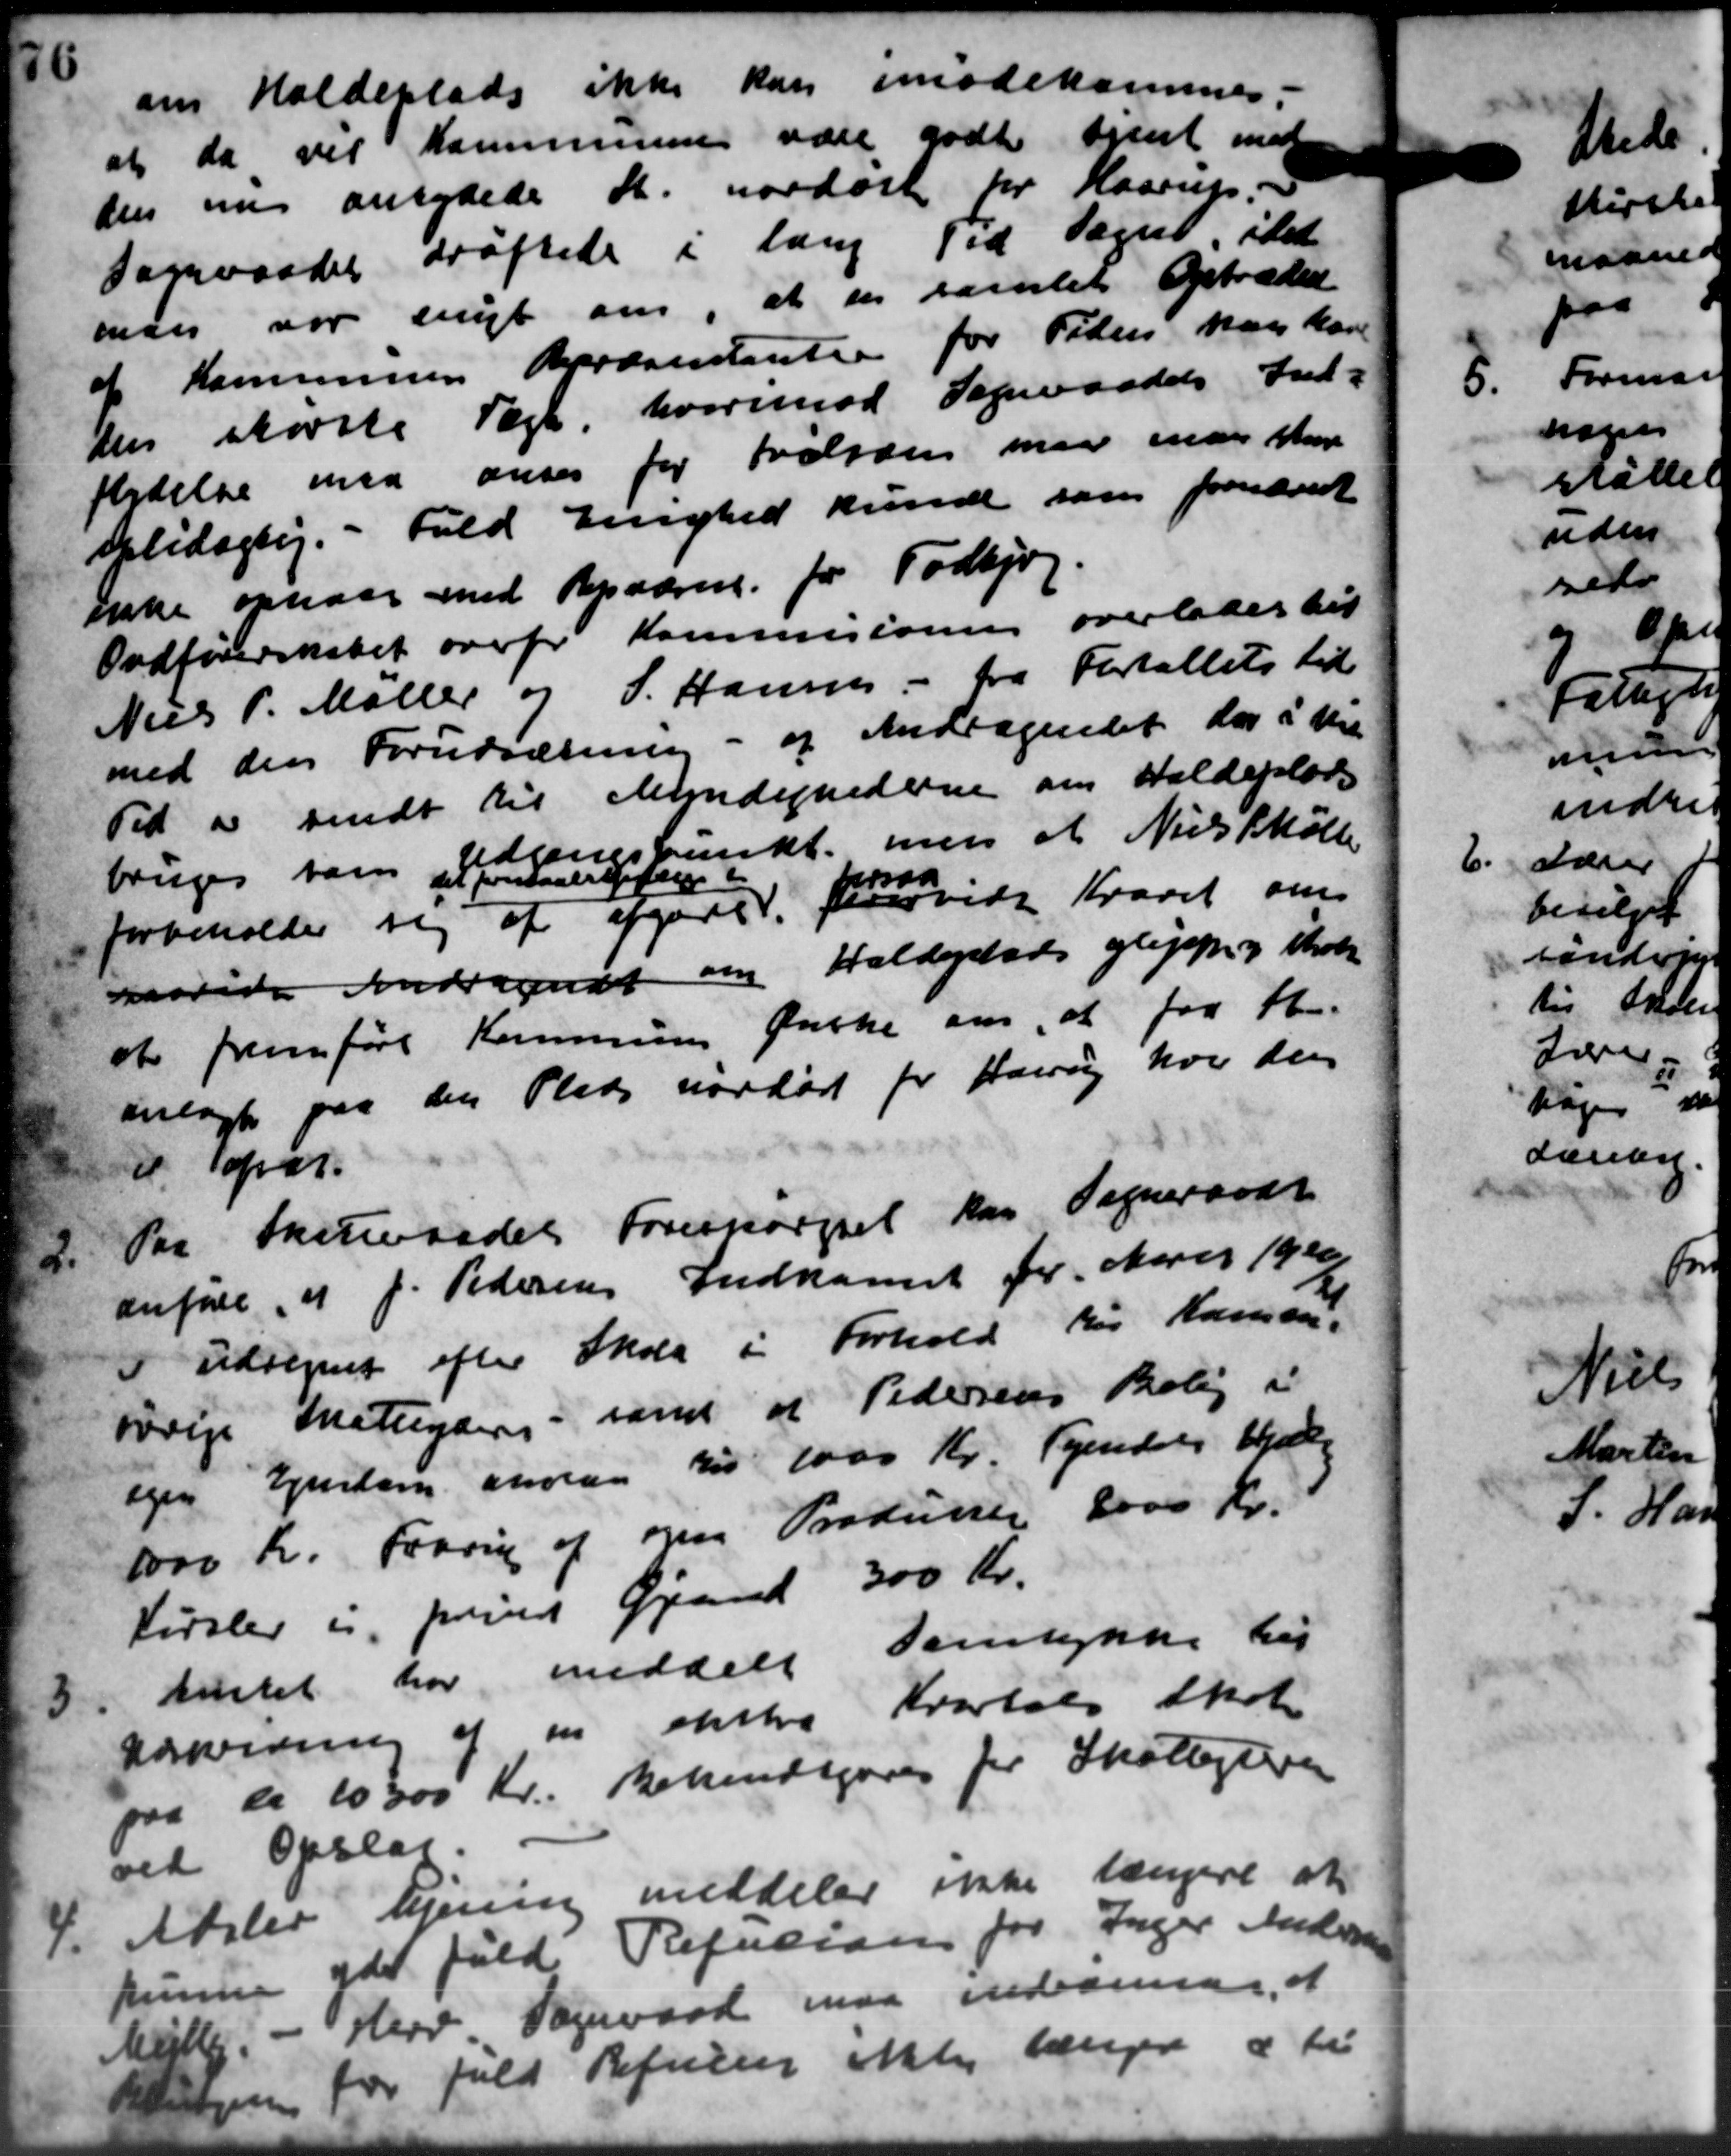
Transskription:
om Holdeplads ikke kan imødekommes
at da vil Kommunen vare godt ovent med
den nu antydede St. nordøst for Haarup.
Sogneraadet drøftede i lang Tid taget idet
man var enigt om, at en samlet Optræde
af Kommunens Bræsentanter for Tiden maa kan
Den skørste Tage, hvorimod Sogneraadets Ind-
foldelse maa anses for valgten maa man har
Blidagtig. - Fald Enighed kunde som forudredt
Enke opnaar med Repværen for Todbjerg.
Ondførerskabet overfor Kommisionen overlades til
Niels P. Møller og S. Hansen fra Fortallets til
med den Forudsætning - og Andragendet der i Mu
Tid er sendt til Mundighederne om Valdeplads
Udningspunkt men at Niels Mølle
bruges ham at forstaaer gifter i
forbeholder sig at afgøre forevide Kvaret om
raarede Andragende om Haldylads gligsper og Skole
at fremføre Kommunes Ønske om, at fra H.
anlagt paa den Plads nordøst for Haarup hvor den
d Spar
2. Par Sogneraadets Forespørgsel kan Sogneraadt
2. Par Sogneraadets Forespørgsel kan Sogneraadt
anføre af J. Pedersens Indkomst for Aaret 1920
I udregning efter Skole i Forhold for Kommun
øvrige Mateyder i samt at Pedersens Bolig i
egen Ejendom andrag til 1000 Kr. Tyendels Hjælp
1000 Kr. Frang af om Produner 8000 Kr.
Kørslev i prins Grand 300 Kr.
3
Amtet har meddele Samtykke his
farverning af en ekstra Kvartals Skole
paa de 10300 Kr. Bekendtgøres for Skatteydere
ved Opslag.
4. Adsler lejning meddeler ikke længere at
4. Adsler lejning meddeler ikke længere at
kunne ydet fuld Refusion for Inger. ma
Møller. - Herv Sogneraad maa indrøren
hjem var fuld Refutier ikke  10 " 7